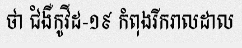
ថា ជំងឺកូវីដ-១៩ កំពុងរីករាលដាល